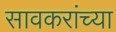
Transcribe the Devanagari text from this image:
सावकरांच्या